Annual report on the Civil Veterinary Department, Burma (including the Insein Veterinary School) - 1910-1922
Year: 1910
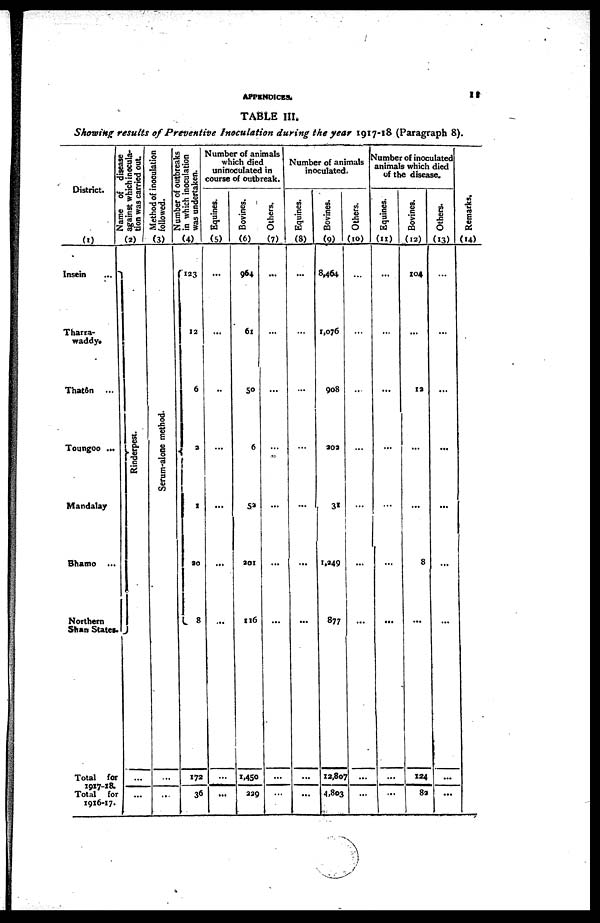
APPENDICES.
11
TABLE III.
Showing results of Preventive Inoculation during the year 1917-18 (Paragraph 8).
District.
(1)
Insein ...
Tharra-
waddy.
Thatôn ...
Toungoo ...
Mandalay
Bhamo ...
Northern
Shan States.
Total for
1917-18.
Total for
1916-17.
Name of disease
against which inocula-
tion was carried out
(2)
Rinderpest.
Method of inoculation
followed.
(3)
Serum-alone method.
...
...
Number of outbreaks
in which inoculation
was undertaken.
(4)
123
12
6
2
1
20
8
172
36
Number of animals
which died
uninoculated in
course of outbreak.
Equines.
(5)
...
...
...
...
...
...
...
...
...
Bovines.
(6)
964
61
50
6
52
201
116
1,450
229
Others.
(7)
...
...
...
...
...
...
...
...
...
Number of animals
inoculated.
Equines.
(8)
...
...
...
...
...
...
...
...
...
Bovines.
(9)
8,464
1,076
908
202
31
1,249
877
12,807
4,803
Others.
(10)
...
...
...
...
...
...
...
...
...
Number of inoculated
animals which died
of the disease.
Equines.
(11)
...
...
...
...
...
...
...
...
...
Bovines.
(12)
104
...
12
...
...
8
...
124
82
Others.
(13)
...
...
...
...
...
...
...
...
...
Remarks.
(14)